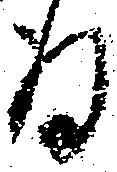
存